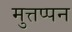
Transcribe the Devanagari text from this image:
मुत्तप्पन